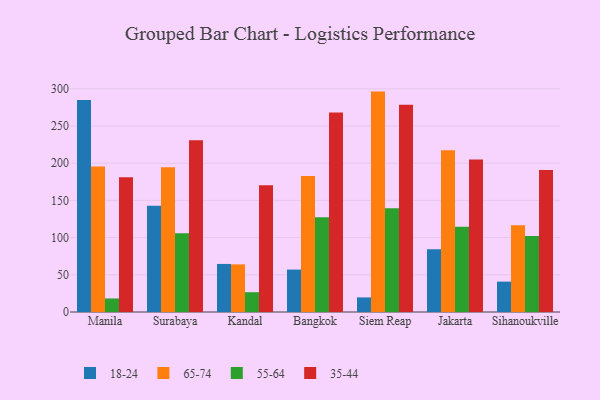
{"axis": {"x": "City", "y": "Energy Usage (MWh)"}, "legend": ["18-24", "35-44", "55-64", "65-74"], "data": [{"x": "Manila", "y": 284.9, "type": "18-24"}, {"x": "Manila", "y": 195.4, "type": "65-74"}, {"x": "Manila", "y": 18.2, "type": "55-64"}, {"x": "Manila", "y": 181.2, "type": "35-44"}, {"x": "Surabaya", "y": 142.9, "type": "18-24"}, {"x": "Surabaya", "y": 194.6, "type": "65-74"}, {"x": "Surabaya", "y": 105.8, "type": "55-64"}, {"x": "Surabaya", "y": 230.7, "type": "35-44"}, {"x": "Kandal", "y": 64.6, "type": "18-24"}, {"x": "Kandal", "y": 64.0, "type": "65-74"}, {"x": "Kandal", "y": 26.6, "type": "55-64"}, {"x": "Kandal", "y": 170.2, "type": "35-44"}, {"x": "Bangkok", "y": 57.0, "type": "18-24"}, {"x": "Bangkok", "y": 182.8, "type": "65-74"}, {"x": "Bangkok", "y": 127.2, "type": "55-64"}, {"x": "Bangkok", "y": 268.0, "type": "35-44"}, {"x": "Siem Reap", "y": 19.6, "type": "18-24"}, {"x": "Siem Reap", "y": 296.2, "type": "65-74"}, {"x": "Siem Reap", "y": 139.4, "type": "55-64"}, {"x": "Siem Reap", "y": 278.4, "type": "35-44"}, {"x": "Jakarta", "y": 84.3, "type": "18-24"}, {"x": "Jakarta", "y": 217.4, "type": "65-74"}, {"x": "Jakarta", "y": 114.7, "type": "55-64"}, {"x": "Jakarta", "y": 204.8, "type": "35-44"}, {"x": "Sihanoukville", "y": 40.8, "type": "18-24"}, {"x": "Sihanoukville", "y": 116.7, "type": "65-74"}, {"x": "Sihanoukville", "y": 102.3, "type": "55-64"}, {"x": "Sihanoukville", "y": 190.9, "type": "35-44"}]}